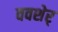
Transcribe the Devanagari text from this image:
ववशेर्